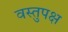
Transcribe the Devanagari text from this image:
वस्तुपक्ष